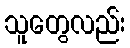
သူတွေလည်း